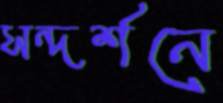
সন্দর্শনে